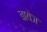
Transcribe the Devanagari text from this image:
वायेज